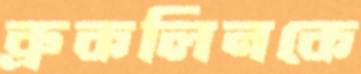
ব্রুকলিনকে